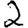
Digit: 2